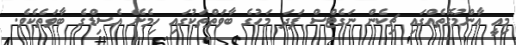
މިއީ އާންމުގޮތެއްގައި ޗިކެން ނަގެޓްސް ފަދަ މަހުގެ ބާވަތްތަކުގައި ހިމެނޭ އެސިޑްގެ ބާވަތެކެވެ.